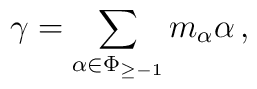
\gamma = \sum_{\alpha \in \Phi_{\geq -1}} m_\alpha \alpha \, ,